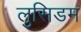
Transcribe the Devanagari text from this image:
लुसिडम